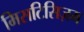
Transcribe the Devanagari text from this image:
मिसटिसिज़म